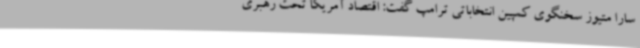
سارا متیوز سخنگوی کمپین انتخاباتی ترامپ گفت: اقتصاد آمریکا تحت رهبری